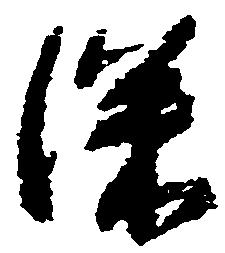
深